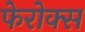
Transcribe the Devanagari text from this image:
फेरोक्स